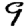
Digit: 9